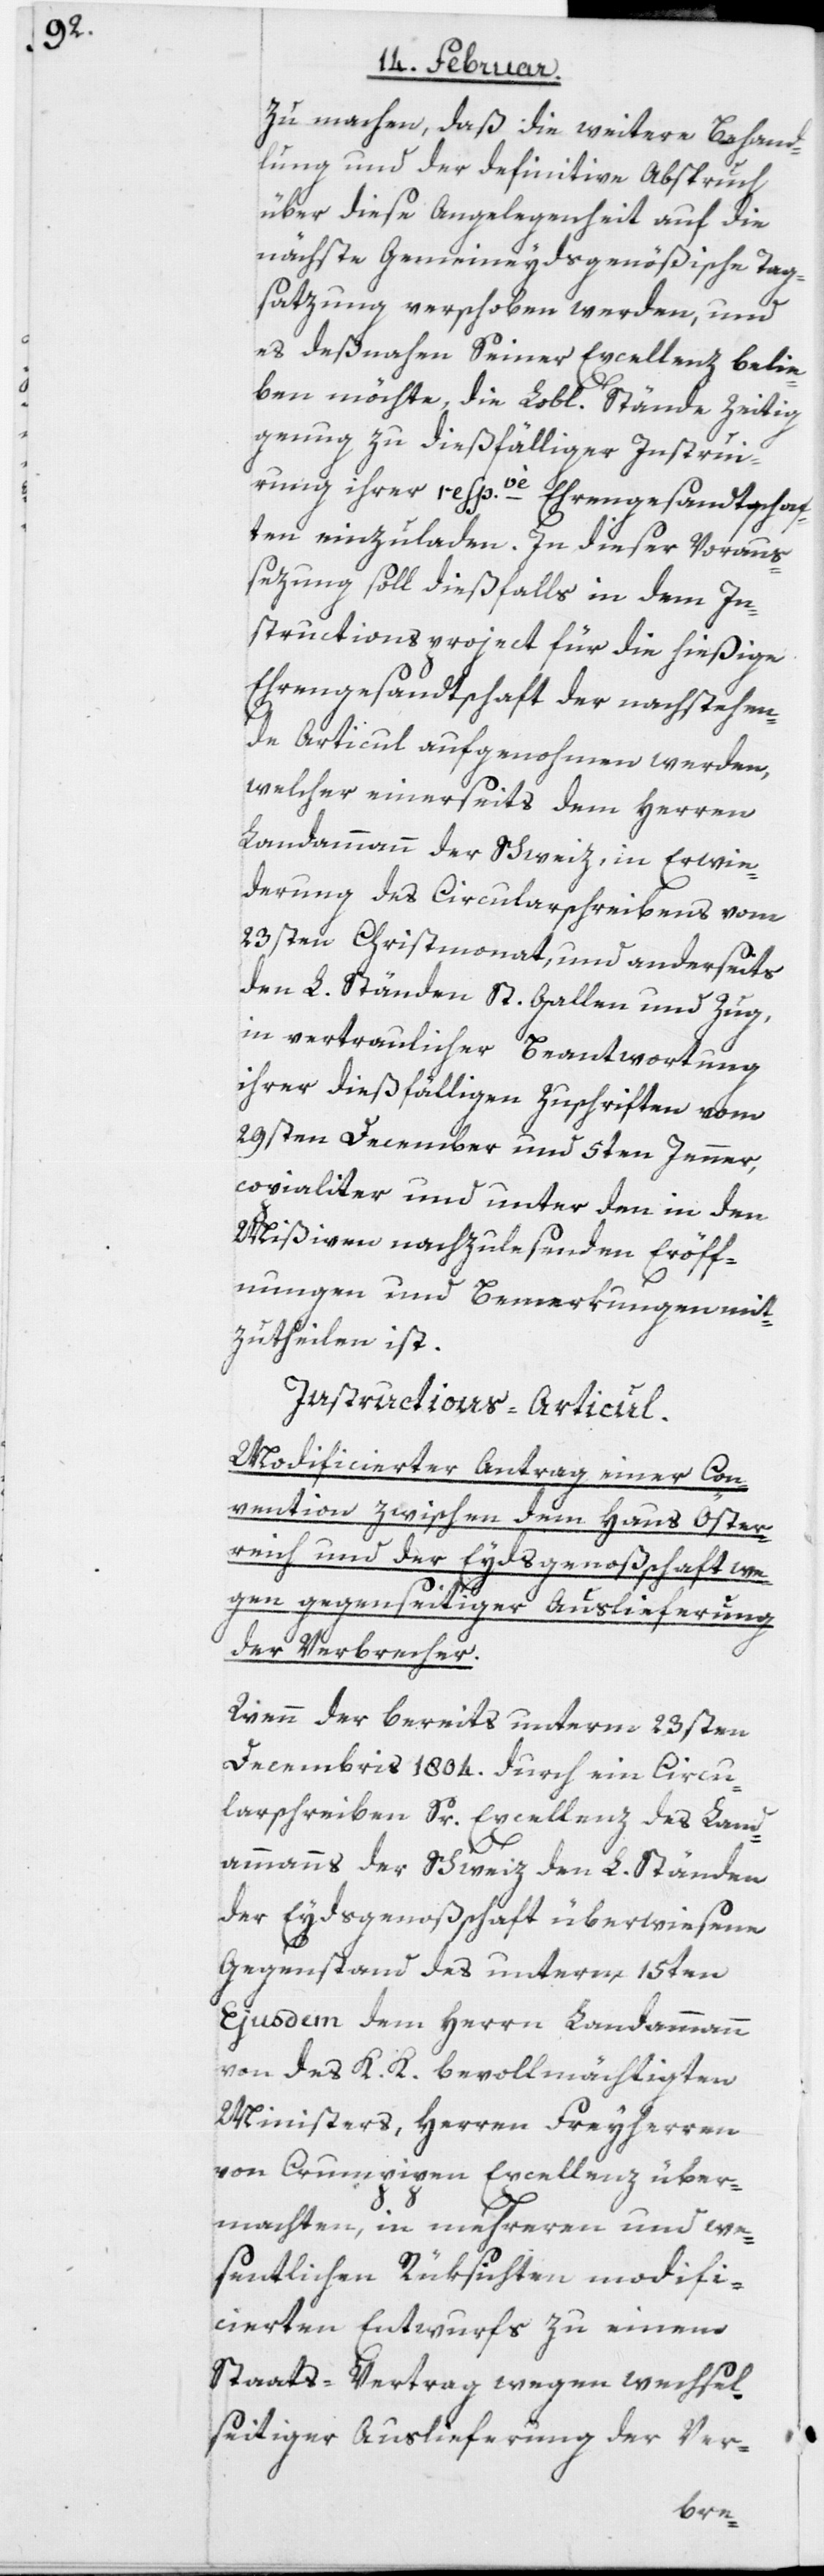
zu machen, daß die weitere Behand¬
lung und der definitive Abspruch
über diese Angelegenheit auf die
nächste Gemeineydsgenößische Tag¬
satzung verschoben werden, und
es deßnahen Seiner Excellenz belie¬
ben möchte, die Lobl. Stände zeitig
genug zu dießfälliger Instrui¬
rung ihrer resp.ve Ehrengesandtschaf¬
ten einzuladen. In dieser Voraus¬
sezung soll dießfalls in dem In¬
structions-Project für die hießige
Ehrengesandtschaft der nachstehen¬
de Articul aufgenohmen werden,
welcher einerseits dem Herren
Landammann der Schweiz, in Erwi¬
derung des Circularschreibens vom
23sten Christmonat, und anderseits
den L. Ständen St. Gallen und Zug,
in vertraulicher Beantwortung
ihrer dießfälligen Zuschriften vom
29sten December und 5ten Jenner,
copialiter und unter den in den
Mißiven nachzulesenden Eröff¬
nungen und Bemerkungen mit¬
zutheilen ist.
Instructions-Articul.
Modificierter Antrag einer Con¬
vention zwischen dem Haus Öster¬
reich und der Eydsgenoßenschaft we¬
gen gegenseitiger Auslieferung
der Verbrecher.
Wenn der bereits unterm 23sten
Decembris 1804. durch ein Circu¬
larschreiben Sr. Excellenz des Land¬
ammanns der Schweiz den L. Ständen
der Eydsgenoßenschaft überwiesene
Gegenstand des unterm 15ten
Ejusdem dem Herrn Landammann
von des K. K. bevollmächtigten
Ministers, Herren Freyherren
von Crumpipen Excellenz über¬
machten, in mehreren und we¬
sentlichen Rüksichten modifi¬
cierten Entwurfs zu einem
Staats-Vertrag wegen wechsel¬
seitiger Auslieferung der Ver-